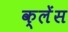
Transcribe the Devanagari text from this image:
क्लेंस